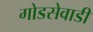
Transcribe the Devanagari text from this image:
गोडसेवाडी